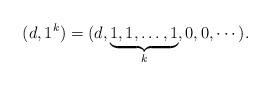
LaTeX: \begin{align*} (d,1^k) = (d,\underbrace{1,1,\ldots,1}_{k},0,0,\cdots).\end{align*}